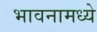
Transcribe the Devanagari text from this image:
भावनामध्ये